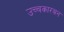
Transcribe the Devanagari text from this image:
उच्चकारबन